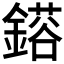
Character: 𮢴